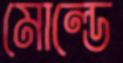
মোল্ডে